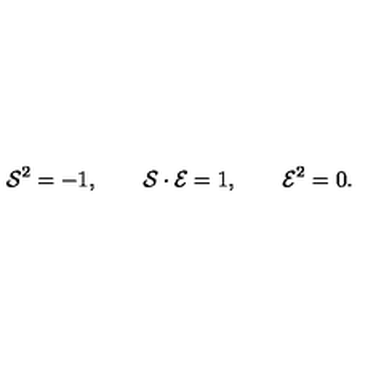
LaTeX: { \cal S } ^ { 2 } = - 1 , \qquad { \cal S } \cdot { \cal E } = 1 , \qquad { \cal E } ^ { 2 } = 0 .